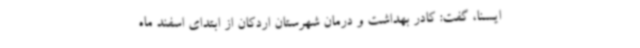
ایسنا، گفت: کادر بهداشت و درمان شهرستان اردکان از ابتدای اسفند ماه